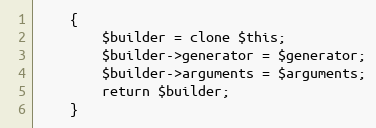
Language: PHP
    {
        $builder = clone $this;
        $builder->generator = $generator;
        $builder->arguments = $arguments;
        return $builder;
    }